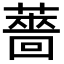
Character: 薔